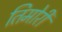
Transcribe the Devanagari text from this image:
तिमोरी